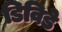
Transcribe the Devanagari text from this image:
डिविडे